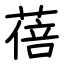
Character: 蓓